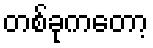
တစ်ခုကတော့